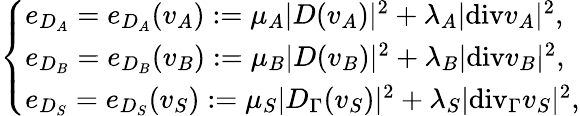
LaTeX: \left\{ \begin{array}{ll}{e_{D_{A}}=e_{D_{A}}(v_{A}):=\mu_{A}\vert D(v_{A})\vert^{2}+\lambda_{A}\vert\mathrm{{div}}v_{A}\vert^{2},}\\ {e_{D_{B}}=e_{D_{B}}(v_{B}):=\mu_{B}\vert D(v_{B})\vert^{2}+\lambda_{B}\vert{\mathrm{div}}v_{B}\vert^{2},}\\ {e_{D_{S}}=e_{D_{S}}(v_{S}):=\mu_{S}\vert D_{\Gamma}(v_{S})\vert^{2}+\lambda_{S}\vert\mathrm{{div}}_{\Gamma}v_{S}\vert^{2},}\end{array}\right.